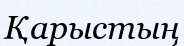
Қарыстың